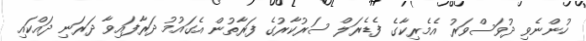
ހުންނެވި ދުވަސްވަރު އެމެރިކާގެ ފެޑެރަލް ސަރުކާރުގެ ފަރާތުން އެގައުމު ދަރާފައިވާ ދަރަނި ދައްކައި